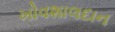
ખોવશાલદાન